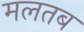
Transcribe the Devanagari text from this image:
मलतब